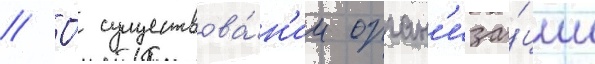
// О́ существова́н'ии орган'иза́ции